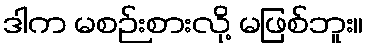
ဒါက မစဉ်းစားလို့ မဖြစ်ဘူး။